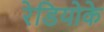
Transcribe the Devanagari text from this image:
रेडियोके